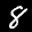
Label: 8